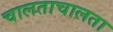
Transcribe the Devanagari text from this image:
चालताचालता